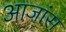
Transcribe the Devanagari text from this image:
आजांस